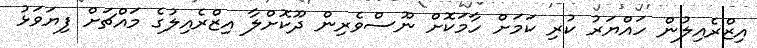
އިޒްރެއިލުން ހައްޔަރު ކުރި ކަމަށް ހާމަކޮށް ނޫސްވެރިން ދޫކޮށްލާ އިޒްރެއިލުގެ މައްޗަށް ފިޔަވަޅު